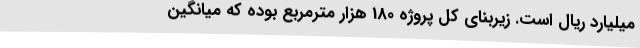
میلیارد ریال است. زیربنای کل پروژه 180 هزار مترمربع بوده که میانگین